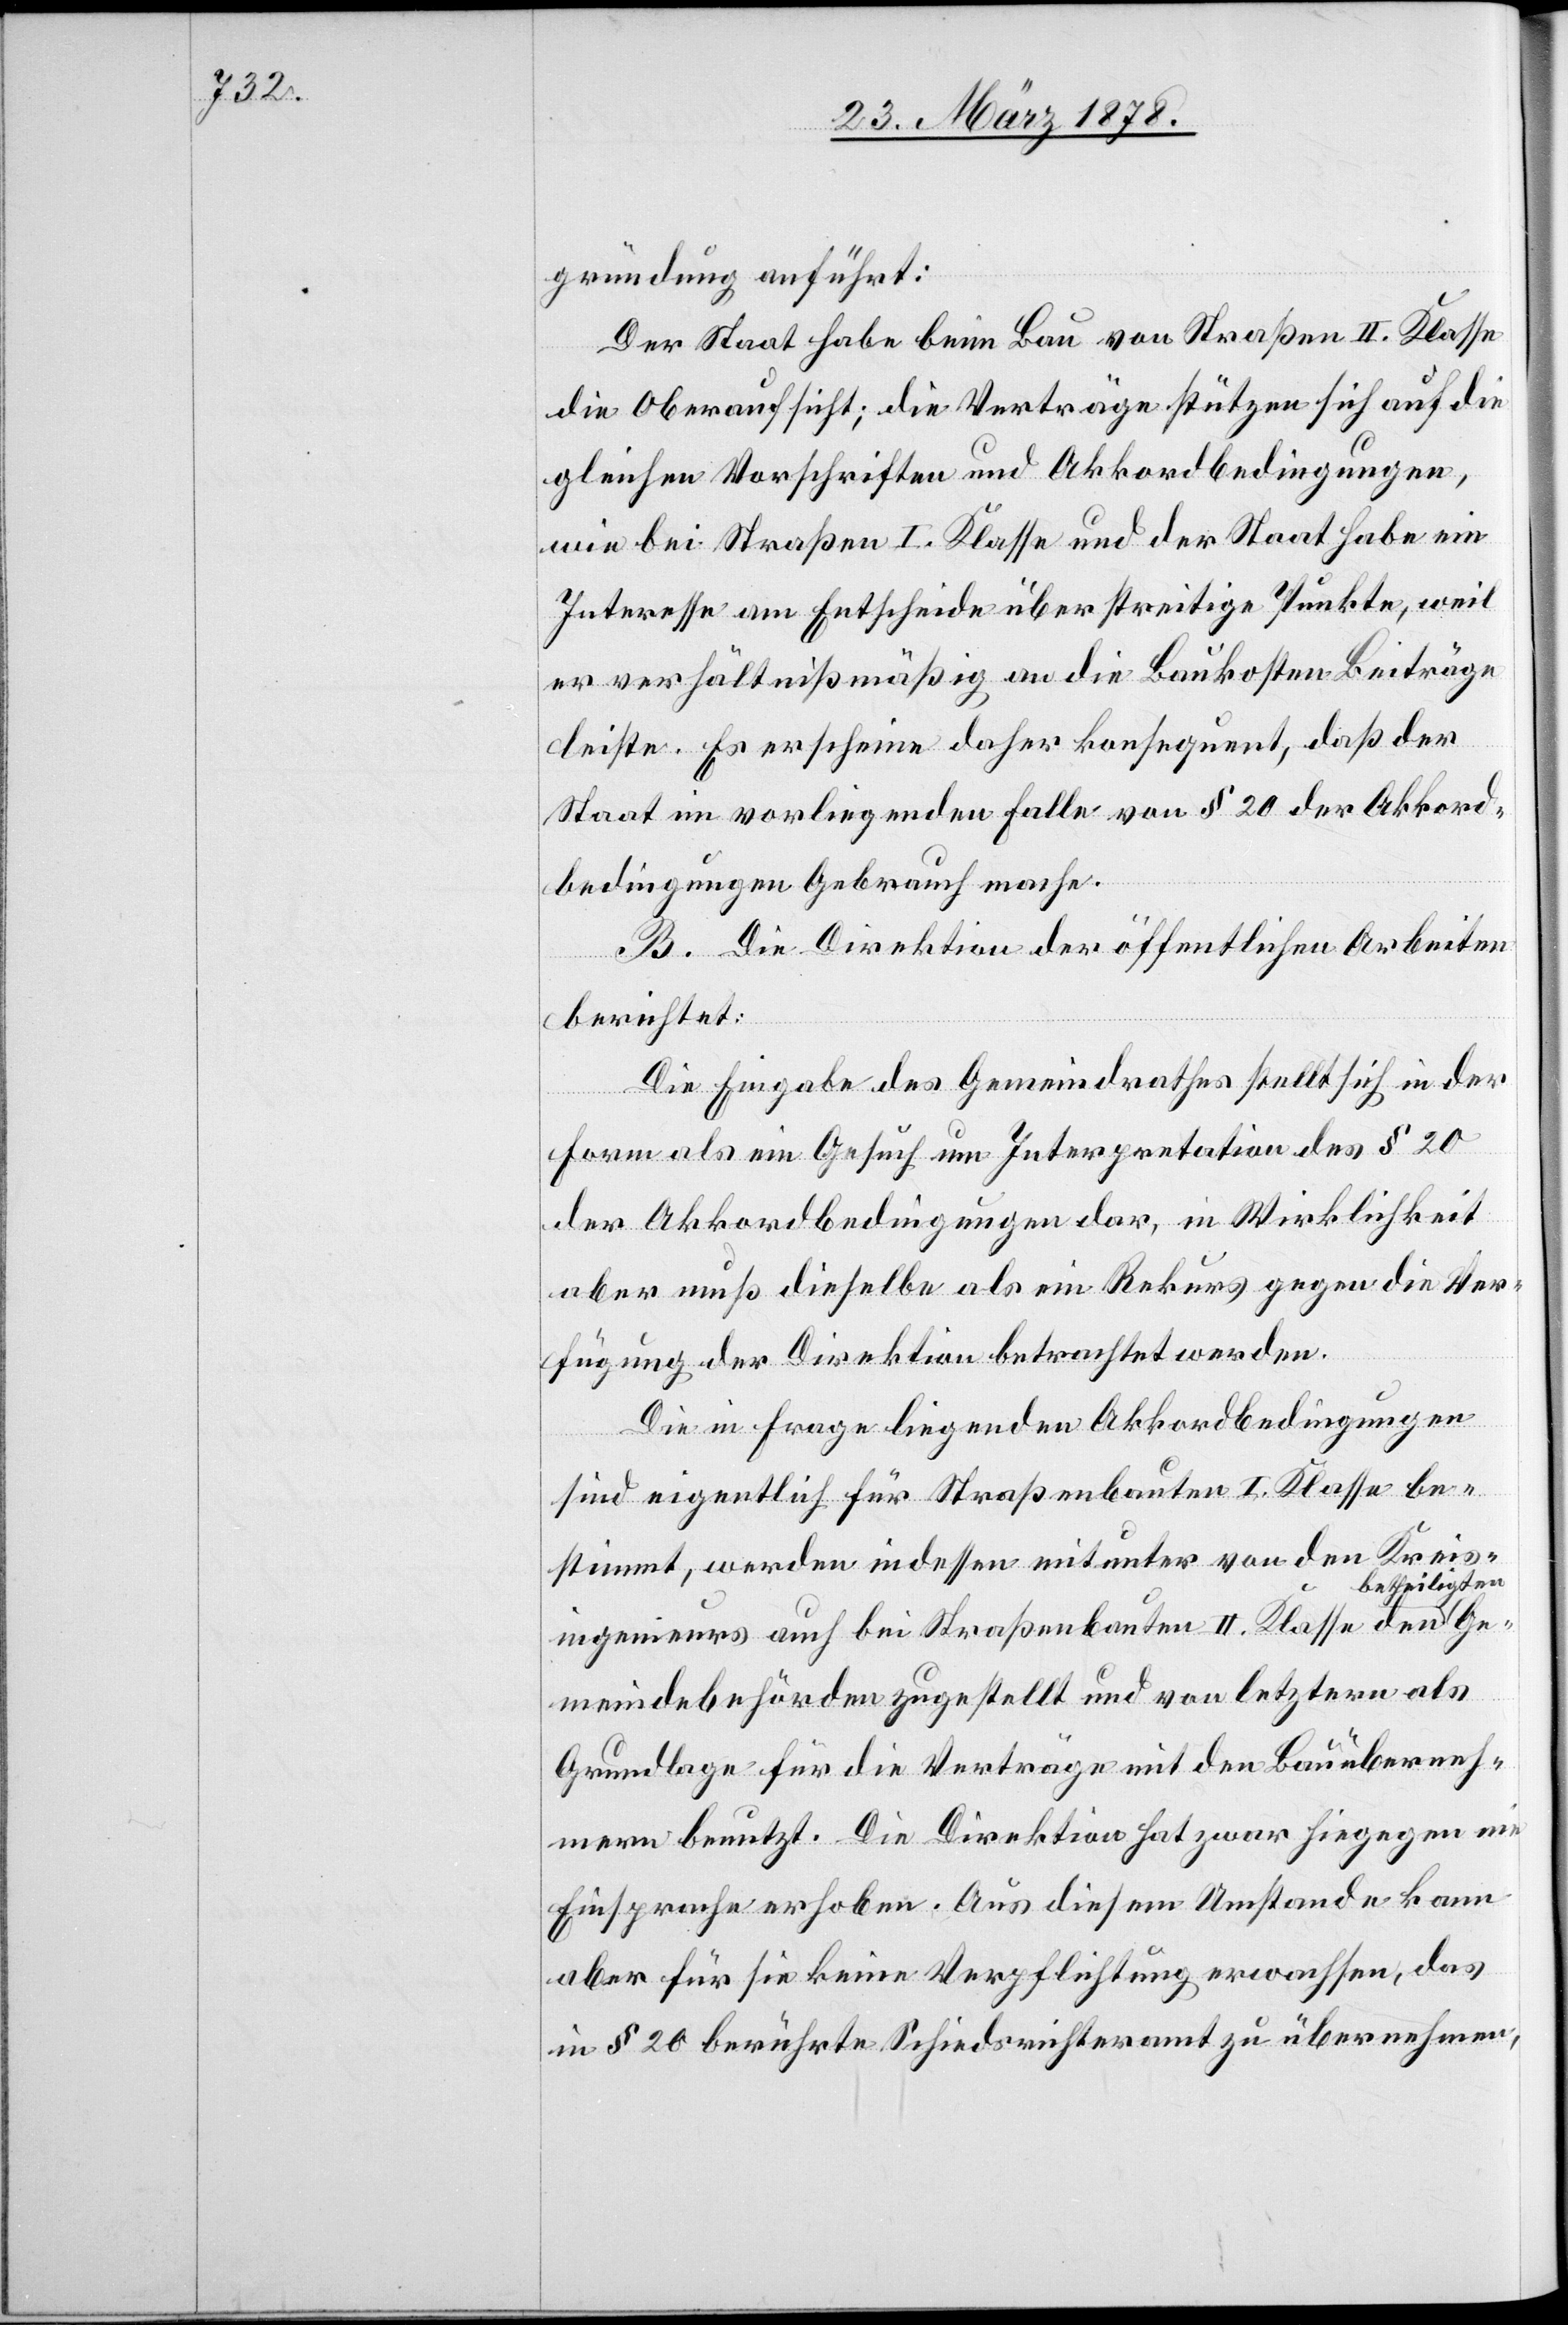
gründung anführt:
Der Staat habe beim Bau von Straßen II. Klasse
die Oberaufsicht; die Verträge stützen sich auf die
gleichen Vorschriften und Akkordbedingungen,
wie bei Straßen I. Klasse und der Staat habe ein
Interesse am Entscheide über streitige Punkte, weil
er verhältnißmäßig an die Baukosten Beiträge
leiste. Es erscheine daher konsequent, daß der
Staat im vorliegenden Falle von § 20 der Akkord¬
bedingungen Gebrauch mache.
B. Die Direktion der öffentlichen Arbeiten
berichtet:
Die Eingabe des Gemeindrathes stellt sich in der
Form als ein Gesuch um Interpretation des § 20
der Akkordbedingungen dar, in Wirklichkeit
aber muß dieselbe als ein Rekurs gegen die Ver¬
fügung der Direktion betrachtet werden.
Die in Frage liegenden Akkordbedingungen
sind eigentlich für Straßenbauten I. Klasse be¬
stimmt, werden indessen mitunter von den Kreis¬
etheiligten
ingenieurs auch bei Straßenbauten II. Klasse den b¬
Gemeindebehörden zugestellt und von letztern als
Grundlage für die Verträge mit den Bauüberneh¬
mern benutzt. Die Direktion hat zwar hiegegen ein
Einspracherecht erhoben. Aus diesem Umstand kann
aber für sie keine Verpflichtung erwachsen, das
in § 20 berührte Schiedsrichteramt zu übernehmen,